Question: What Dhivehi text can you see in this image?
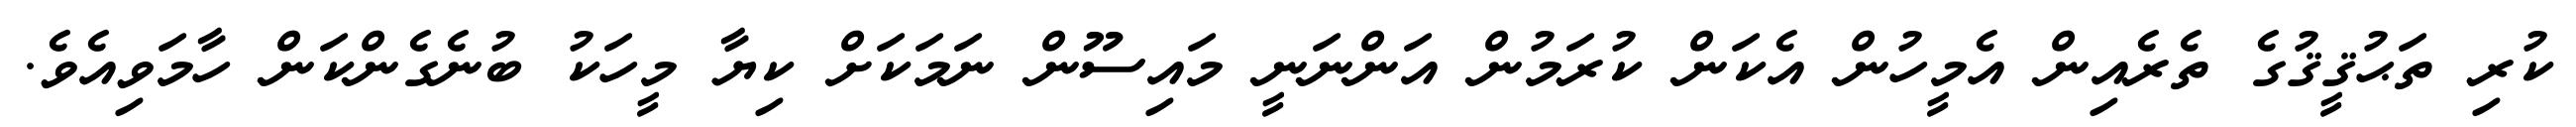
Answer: ކުރި ތަޙުޤީޤުގެ ތެރެއިން އެމީހުން އެކަން ކުރަމުން އަންނަނީ މައިސޫން ނަމަކަށް ކިޔާ މީހަކު ބުނެގެންކަން ހާމަވިއެވެ.